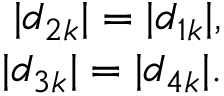
\begin{array} { r } { | d _ { 2 k } | = | d _ { 1 k } | , } \\ { | d _ { 3 k } | = | d _ { 4 k } | . } \end{array}